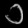
Digit: ၁